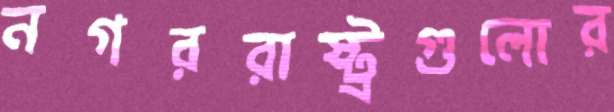
নগররাষ্ট্রগুলোর